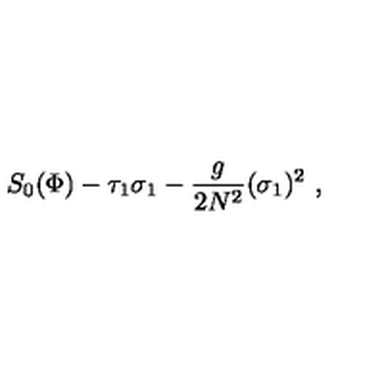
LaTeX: S _ { 0 } ( \Phi ) - \tau _ { 1 } \sigma _ { 1 } - { \frac { g } { 2 N ^ { 2 } } } ( \sigma _ { 1 } ) ^ { 2 } \ ,